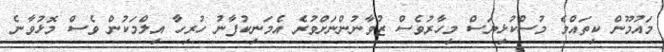
މައުުމޫން ކިތައްމެ މުސްކުޅިޔަސް މިހާރުވެސް ޒުވާނުންނަށްވުރެ އެމަނިކުފާނު ހުރިހާ އިލްމަކުން ވެސް މޮޅުވާނެ